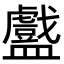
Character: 𬑁